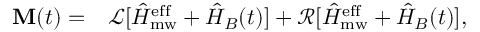
\begin{array} { r l } { \mathbf { M } ( t ) = } & { { } \mathcal { L } [ \hat { H } _ { \mathrm { m w } } ^ { \mathrm { e f f } } + \hat { H } _ { B } ( t ) ] + \mathcal { R } [ \hat { H } _ { \mathrm { m w } } ^ { \mathrm { e f f } } + \hat { H } _ { B } ( t ) ] , } \end{array}